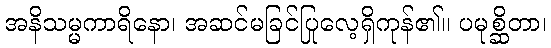
အနိသမ္မကာရိနော၊ အဆင်မခြင်ပြုလေ့ရှိကုန်၏။ ပမုစ္ဆိတာ၊